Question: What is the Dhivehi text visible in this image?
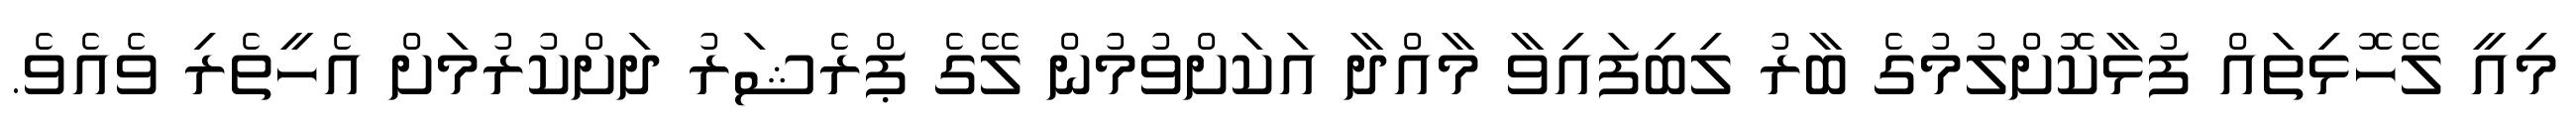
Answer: މިއީ ލޭހޮޅިތައް ފުޅާކޮށްލުމުގެ ބާރު ލިބިފައިވާ މާއްދާ އަކަށްވުމުން ލޭގެ ޕްރެޝަރު ދަށްކުރުމަށް އެހީތެރި ވެއެވެ.